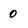
Character: 0